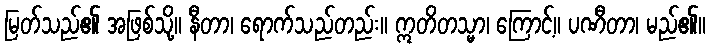
မြတ်သည်၏ အဖြစ်သို့။ နီတာ၊ ရောက်သည်တည်း။ ဣတိတသ္မာ၊ ကြောင့်။ ပဏီတာ၊ မည်၏။